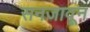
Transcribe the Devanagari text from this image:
सनजावून